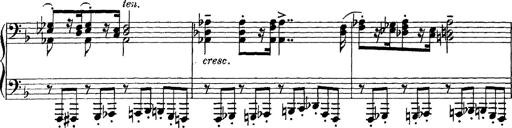
Title: Scherzo und Marsch
Composer: Franz Liszt